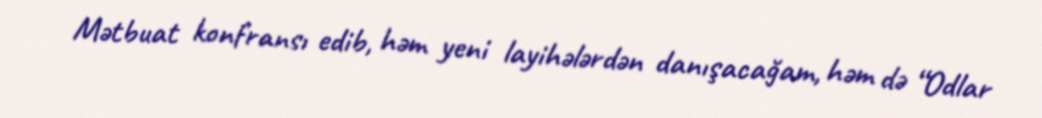
Mətbuat konfransı edib, həm yeni layihələrdən danışacağam, həm də “Odlar